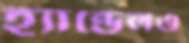
হ্যান্ডেলও